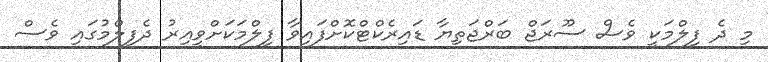
މި ދެ ފިލްމަކީ ވެސް ސޫރަޖް ބަރްޖަތިޔާ ޑައިރެކްޓްކޮށްފައިވާ ފިލްމަކަށްވީއިރު ދެފިލްމުގައި ވެސް